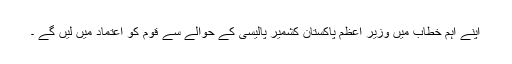
اپنے اہم خطاب میں وزیر اعظم پاکستان کشمیر پالیسی کے حوالے سے قوم کو اعتماد میں لیں گے ۔